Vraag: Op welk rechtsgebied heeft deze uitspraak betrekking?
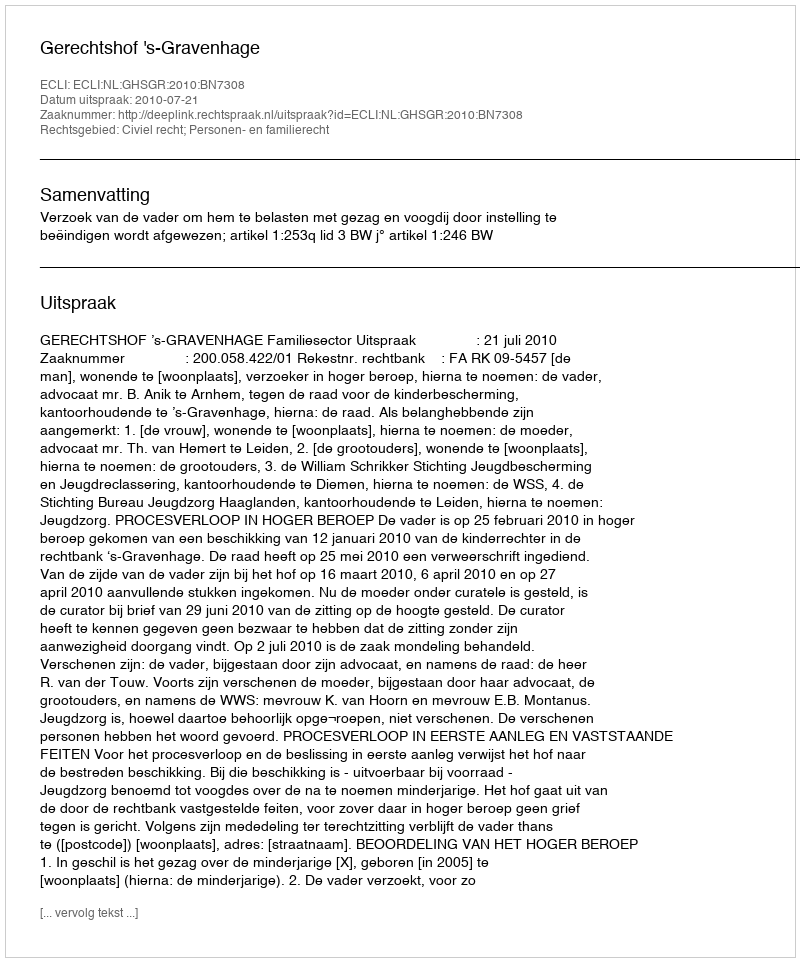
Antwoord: Civiel recht; Personen- en familierecht